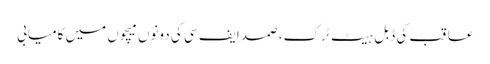
عاقب کی ڈبل ہیٹ ٹرک، صمد ایف سی کی دونوں میچوں میں کامیابی